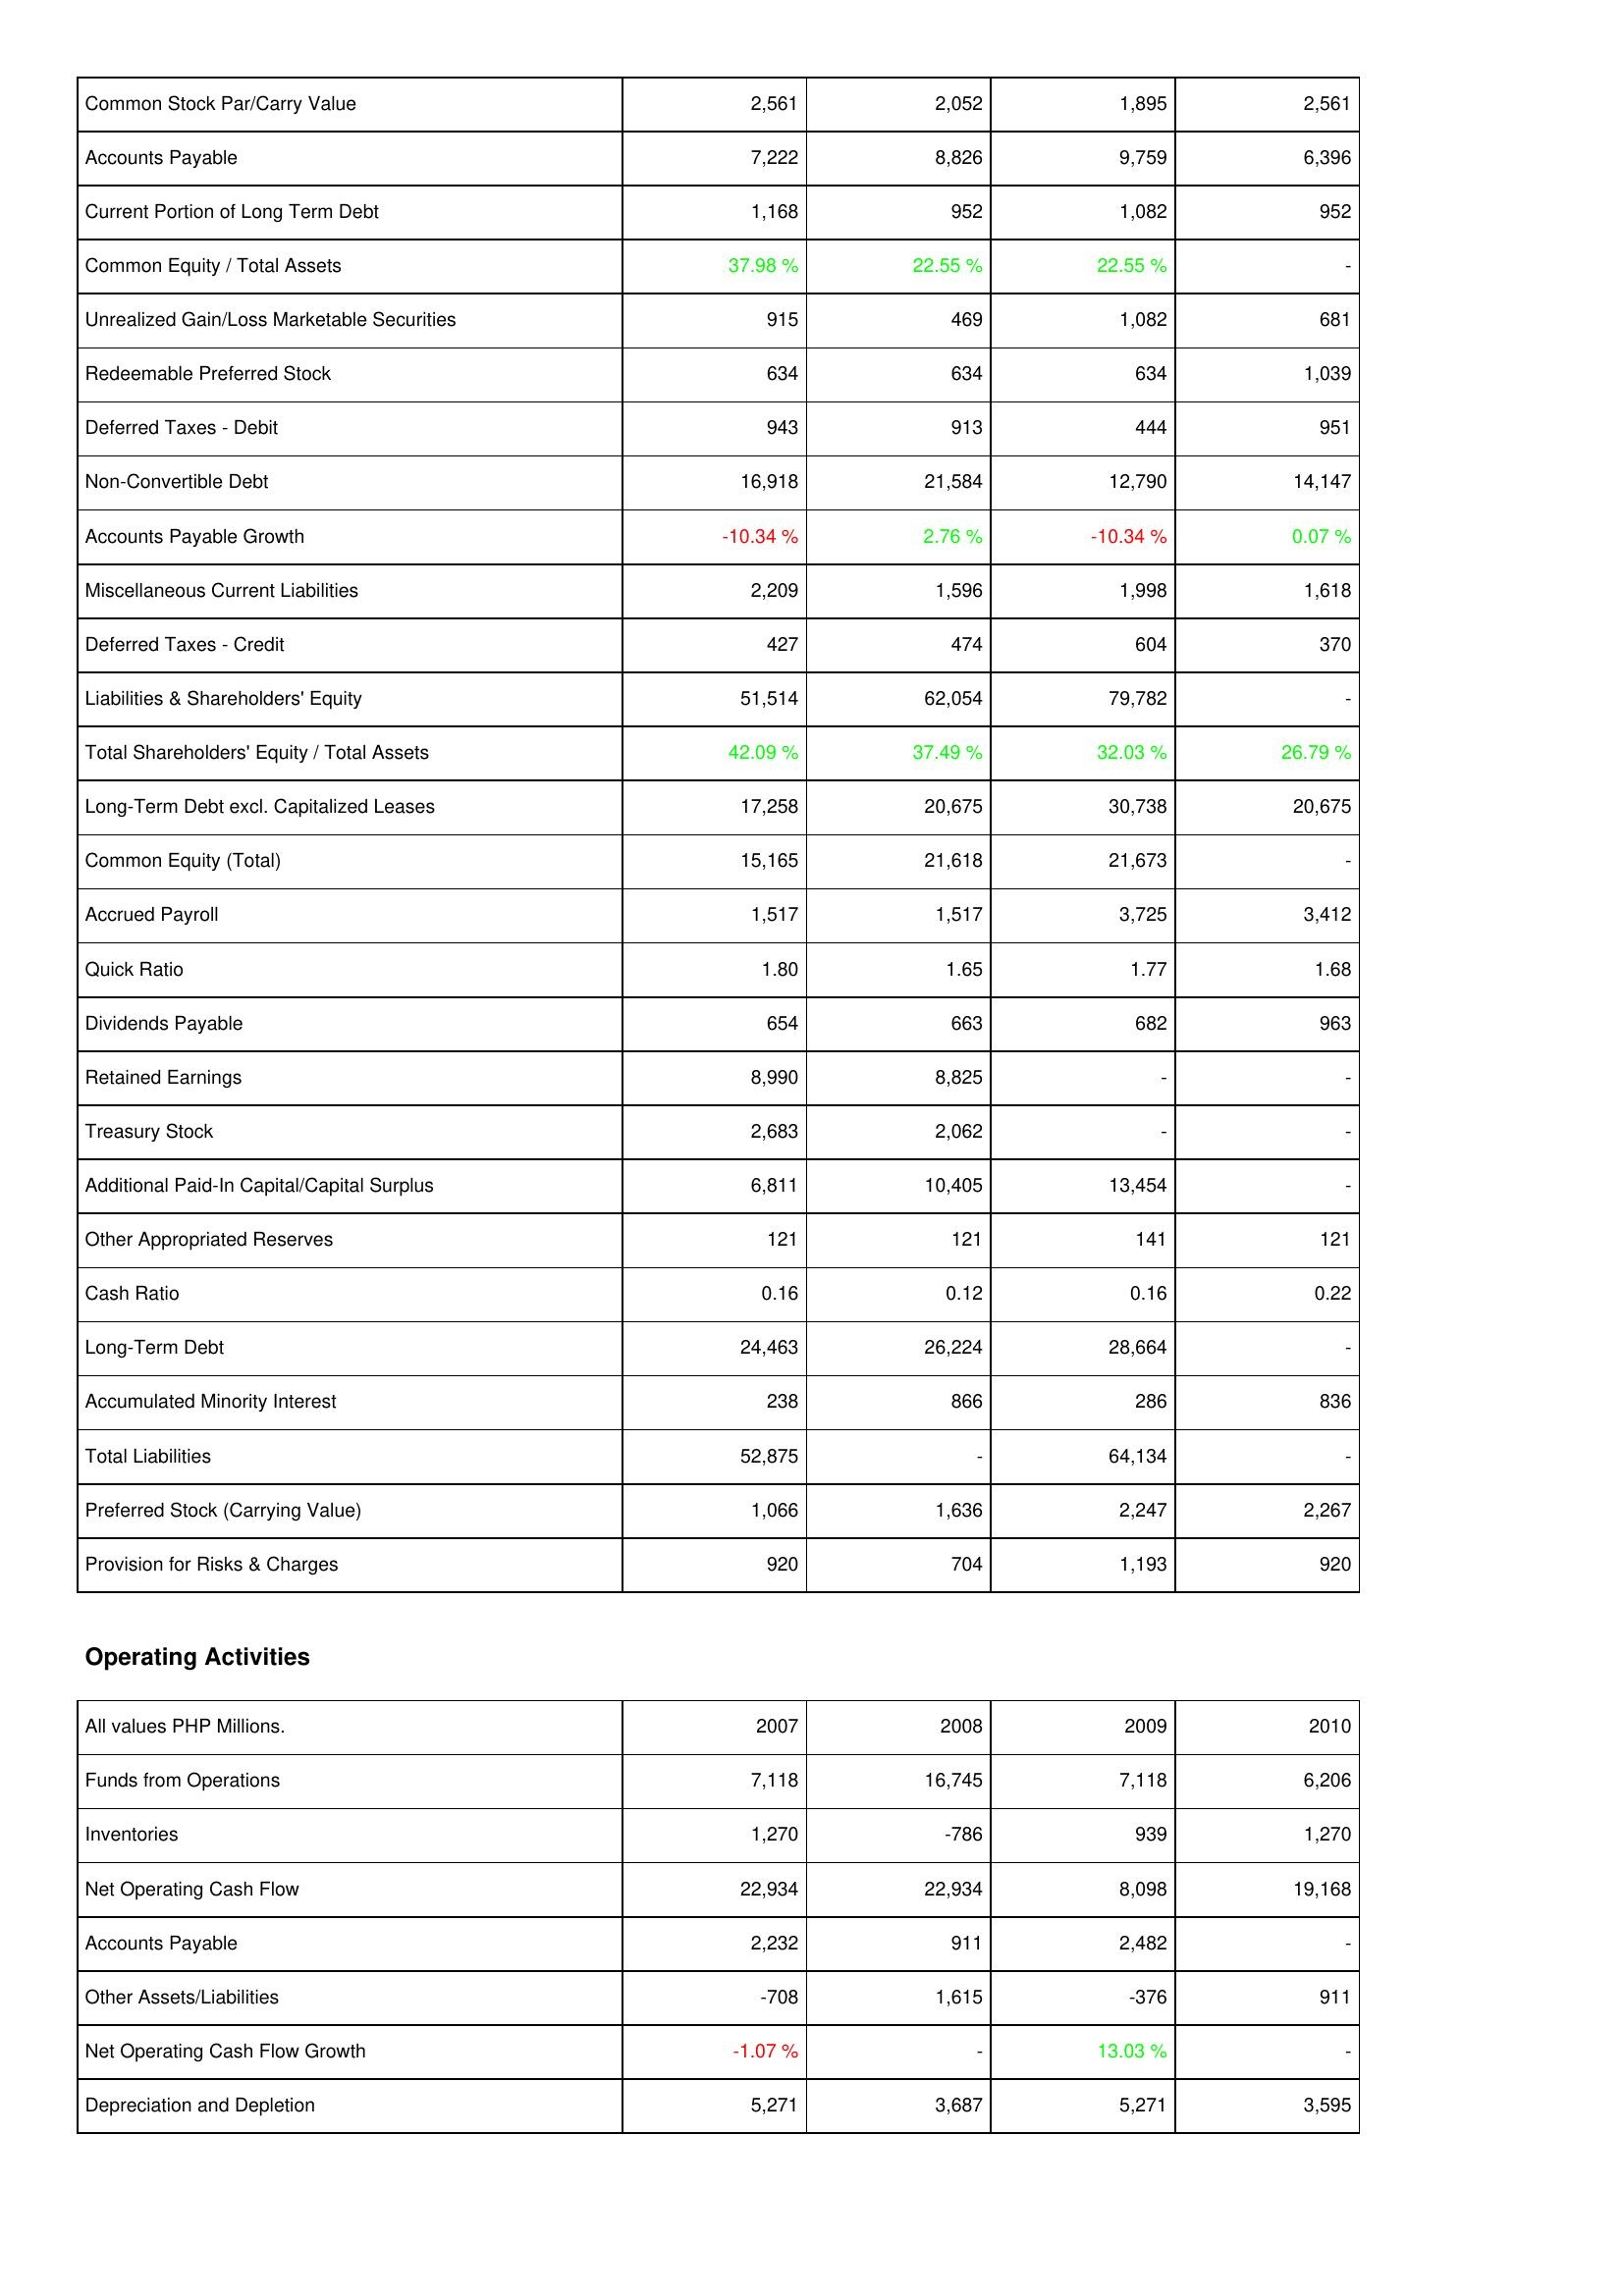
2007: Liabilities & Shareholders' Equity: Common Stock Par/Carry Value: 2,561
Accounts Payable: 7,222
Current Portion of Long Term Debt: 1,168
Common Equity / Total Assets: 37.98 %
Unrealized Gain/Loss Marketable Securities: 915
Redeemable Preferred Stock: 634
Deferred Taxes - Debit: 943
Non-Convertible Debt: 16,918
Accounts Payable Growth: -10.34 %
Miscellaneous Current Liabilities: 2,209
Deferred Taxes - Credit: 427
Liabilities & Shareholders' Equity: 51,514
Total Shareholders' Equity / Total Assets: 42.09 %
Long-Term Debt excl. Capitalized Leases: 17,258
Common Equity (Total): 15,165
Accrued Payroll: 1,517
Quick Ratio: 1.80
Dividends Payable: 654
Retained Earnings: 8,990
Treasury Stock: 2,683
Additional Paid-In Capital/Capital Surplus: 6,811
Other Appropriated Reserves: 121
Cash Ratio: 0.16
Long-Term Debt: 24,463
Accumulated Minority Interest: 238
Total Liabilities: 52,875
Preferred Stock (Carrying Value): 1,066
Provision for Risks & Charges: 920
Operating Activities: Funds from Operations: 7,118
Inventories: 1,270
Net Operating Cash Flow: 22,934
Accounts Payable: 2,232
Other Assets/Liabilities: -708
Net Operating Cash Flow Growth: -1.07 %
Depreciation and Depletion: 5,271
2008: Liabilities & Shareholders' Equity: Common Stock Par/Carry Value: 2,052
Accounts Payable: 8,826
Current Portion of Long Term Debt: 952
Common Equity / Total Assets: 22.55 %
Unrealized Gain/Loss Marketable Securities: 469
Redeemable Preferred Stock: 634
Deferred Taxes - Debit: 913
Non-Convertible Debt: 21,584
Accounts Payable Growth: 2.76 %
Miscellaneous Current Liabilities: 1,596
Deferred Taxes - Credit: 474
Liabilities & Shareholders' Equity: 62,054
Total Shareholders' Equity / Total Assets: 37.49 %
Long-Term Debt excl. Capitalized Leases: 20,675
Common Equity (Total): 21,618
Accrued Payroll: 1,517
Quick Ratio: 1.65
Dividends Payable: 663
Retained Earnings: 8,825
Treasury Stock: 2,062
Additional Paid-In Capital/Capital Surplus: 10,405
Other Appropriated Reserves: 121
Cash Ratio: 0.12
Long-Term Debt: 26,224
Accumulated Minority Interest: 866
Total Liabilities: -
Preferred Stock (Carrying Value): 1,636
Provision for Risks & Charges: 704
Operating Activities: Funds from Operations: 16,745
Inventories: -786
Net Operating Cash Flow: 22,934
Accounts Payable: 911
Other Assets/Liabilities: 1,615
Net Operating Cash Flow Growth: -
Depreciation and Depletion: 3,687
2009: Liabilities & Shareholders' Equity: Common Stock Par/Carry Value: 1,895
Accounts Payable: 9,759
Current Portion of Long Term Debt: 1,082
Common Equity / Total Assets: 22.55 %
Unrealized Gain/Loss Marketable Securities: 1,082
Redeemable Preferred Stock: 634
Deferred Taxes - Debit: 444
Non-Convertible Debt: 12,790
Accounts Payable Growth: -10.34 %
Miscellaneous Current Liabilities: 1,998
Deferred Taxes - Credit: 604
Liabilities & Shareholders' Equity: 79,782
Total Shareholders' Equity / Total Assets: 32.03 %
Long-Term Debt excl. Capitalized Leases: 30,738
Common Equity (Total): 21,673
Accrued Payroll: 3,725
Quick Ratio: 1.77
Dividends Payable: 682
Retained Earnings: -
Treasury Stock: -
Additional Paid-In Capital/Capital Surplus: 13,454
Other Appropriated Reserves: 141
Cash Ratio: 0.16
Long-Term Debt: 28,664
Accumulated Minority Interest: 286
Total Liabilities: 64,134
Preferred Stock (Carrying Value): 2,247
Provision for Risks & Charges: 1,193
Operating Activities: Funds from Operations: 7,118
Inventories: 939
Net Operating Cash Flow: 8,098
Accounts Payable: 2,482
Other Assets/Liabilities: -376
Net Operating Cash Flow Growth: 13.03 %
Depreciation and Depletion: 5,271
2010: Liabilities & Shareholders' Equity: Common Stock Par/Carry Value: 2,561
Accounts Payable: 6,396
Current Portion of Long Term Debt: 952
Common Equity / Total Assets: -
Unrealized Gain/Loss Marketable Securities: 681
Redeemable Preferred Stock: 1,039
Deferred Taxes - Debit: 951
Non-Convertible Debt: 14,147
Accounts Payable Growth: 0.07 %
Miscellaneous Current Liabilities: 1,618
Deferred Taxes - Credit: 370
Liabilities & Shareholders' Equity: -
Total Shareholders' Equity / Total Assets: 26.79 %
Long-Term Debt excl. Capitalized Leases: 20,675
Common Equity (Total): -
Accrued Payroll: 3,412
Quick Ratio: 1.68
Dividends Payable: 963
Retained Earnings: -
Treasury Stock: -
Additional Paid-In Capital/Capital Surplus: -
Other Appropriated Reserves: 121
Cash Ratio: 0.22
Long-Term Debt: -
Accumulated Minority Interest: 836
Total Liabilities: -
Preferred Stock (Carrying Value): 2,267
Provision for Risks & Charges: 920
Operating Activities: Funds from Operations: 6,206
Inventories: 1,270
Net Operating Cash Flow: 19,168
Accounts Payable: -
Other Assets/Liabilities: 911
Net Operating Cash Flow Growth: -
Depreciation and Depletion: 3,595